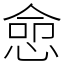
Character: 㥐